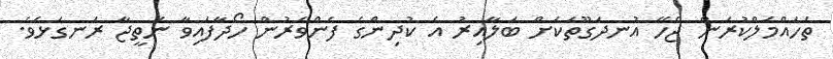
ތަހައްމަލްކުރަން ޖެހޭ އުނދަގޫތަކަށް ބަލާއިރު އެ ކުދިންގެ ފެންވަރުން ހޯދާފައިވާ ނަތީޖާ ރަނގަޅެވެ.